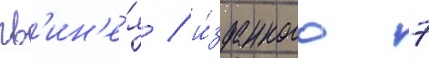
гв'ин'е́я / и́зданного 7